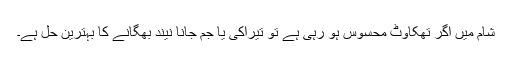
شام میں اگر تھکاوٹ محسوس ہو رہی ہے تو تیراکی یا جم جانا نیند بھگانے کا بہترین حل ہے۔